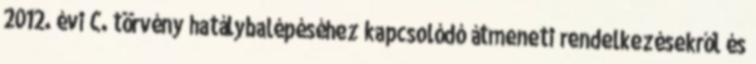
2012. évi C. törvény hatálybalépéséhez kapcsolódó átmeneti rendelkezésekről és